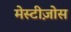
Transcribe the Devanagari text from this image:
मेस्टीज़ोस